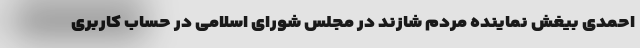
احمدی بیغش نماینده مردم شازند در مجلس شورای اسلامی در حساب کاربری